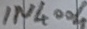
Text: IN4004